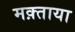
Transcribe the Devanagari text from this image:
मक़्ताया